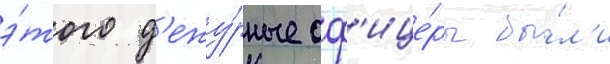
э́того д'ежу́рные оф'ице́ры бы́л'и